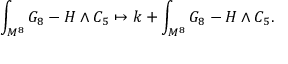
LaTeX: \int _ { M ^ { 8 } } G _ { 8 } - H \wedge C _ { 5 } \mapsto k + \int _ { M ^ { 8 } } G _ { 8 } - H \wedge C _ { 5 } .